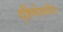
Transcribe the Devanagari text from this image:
दृष्टिकोनातील